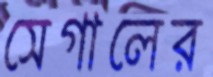
সেগালের